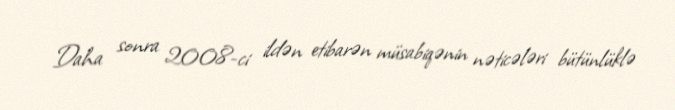
Daha sonra 2008-ci ildən etibarən müsabiqənin nəticələri bütünlüklə